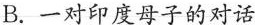
B.一对印度母子的对话